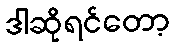
ဒါဆိုရင်တော့